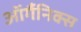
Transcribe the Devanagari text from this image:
ऑर्गैनिक्स